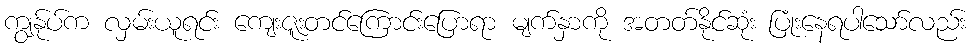
ကျွန်ုပ်က လှမ်းယူရင်း ကျေးဇူးတင်ကြောင်းပြောရာ မျက်နှာကို အတတ်နိုင်ဆုံး ပြုံးနေရပါသော်လည်း